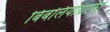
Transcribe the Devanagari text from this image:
बिबलियोग्राफी